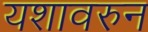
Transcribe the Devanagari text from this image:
यशावरुन